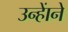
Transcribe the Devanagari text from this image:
उन्हाेंने